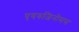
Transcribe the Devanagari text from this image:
एयरुजिनोसस